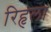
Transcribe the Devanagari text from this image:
रिहृला